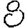
Digit: 8